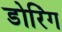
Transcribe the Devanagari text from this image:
डोरिंग